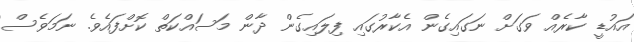
އައުޑީ ކާރެއް ވަގަށް ނަގައިގެން އެކާރުގައި ފިލައިގެން ދާން މަސައްކަތް ކޮށްފައެވެ. ނަމަވެސް